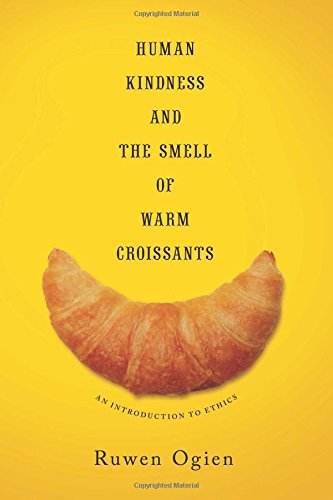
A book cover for Human Kindness and the Smell of Warm Croissants: An Introduction to Ethics; Ruwen Ogien; Politics & Social Sciences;